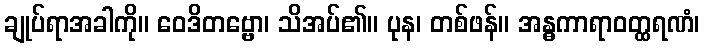
ချုပ်ရာအခါကို။ ဝေဒိတဗ္ဗော၊ သိအပ်၏။ ပုန၊ တစ်ဖန်။ အန္ဓကာရာဝတ္ထရဏံ၊